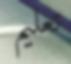
تعلیم